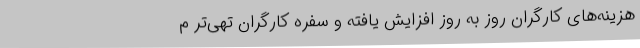
هزینه‌های کارگران روز به روز افزایش یافته و سفره کارگران تهی‌تر م